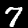
Label: 7